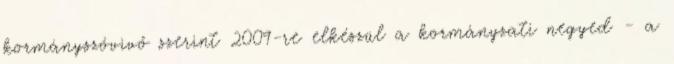
kormányszóvivő szerint 2009-re elkészül a kormányzati negyed - a